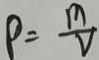
\rho = \frac { m } { V }